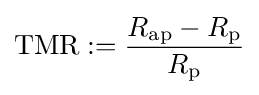
\mathrm {TMR} :={\frac {R_{\mathrm {ap} }-R_{\mathrm {p} }}{R_{\mathrm {p} }}}